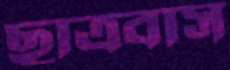
ছাত্রবাস